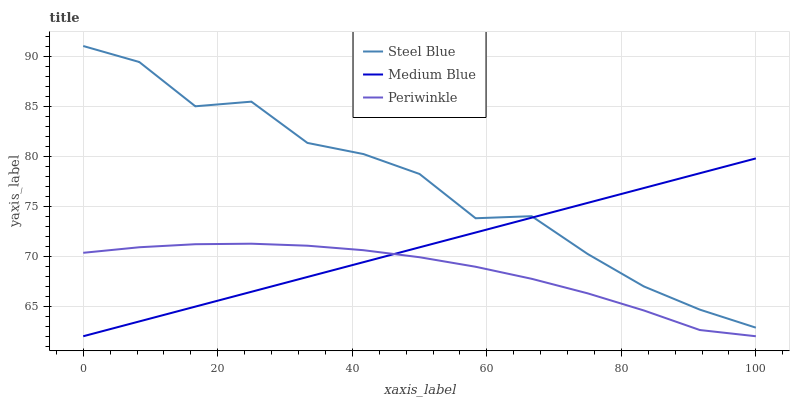
| xaxis_label | Steel Blue | Medium Blue | Periwinkle |
 | --- | --- | --- | --- |
 | 0 | 91 | 62 | 70.3 |
 | 8.33 | 89.4 | 63.5 | 70.9 |
 | 16.7 | 85 | 65 | 71.2 |
 | 25 | 85.4 | 66.4 | 71.2 |
 | 33.3 | 81.3 | 67.9 | 71 |
 | 41.7 | 80.2 | 69.4 | 70.6 |
 | 50 | 78.2 | 70.9 | 69.9 |
 | 58.3 | 73.8 | 72.4 | 68.9 |
 | 66.7 | 74 | 73.8 | 67.7 |
 | 75 | 70.2 | 75.3 | 66.3 |
 | 83.3 | 67 | 76.8 | 64.6 |
 | 91.7 | 64.7 | 78.3 | 62.6 |
 | 100 | 62.9 | 79.8 | 62 |